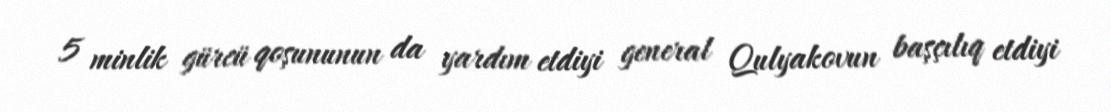
5 minlik gürcü qoşununun da yardım etdiyi general Qulyakovun başçılıq etdiyi